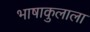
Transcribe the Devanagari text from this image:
भाषाकुलाला